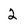
Character: 2